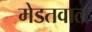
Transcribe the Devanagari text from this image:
मेडतवाल